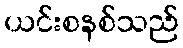
ယင်းစနစ်သည်